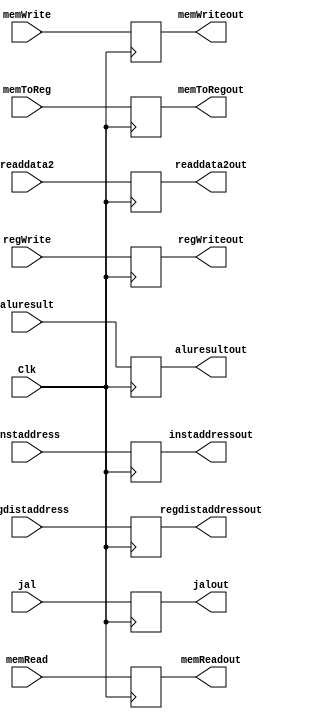
`timescale 1ns / 1ps
//////////////////////////////////////////////////////////////////////////////////
// Company: 
// Engineer: 
// 
// Design Name: 
// Module Name: EXMEM
// Project Name: 
// Target Devices: 
// Tool Versions: 
// Description: 
// 
// Dependencies: 
// 
// Revision:
// Revision 0.01 - File Created
// Additional Comments:
// 
//////////////////////////////////////////////////////////////////////////////////


module EXMEM(
    input Clk,
    input  regWrite,memToReg,memRead,memWrite,
                jal,
    input [31:0] instaddress,aluresult,readdata2,
    input [4:0] regdistaddress,
    output reg regWriteout,memToRegout,jalout,memWriteout,memReadout,
    output reg [31:0] aluresultout,readdata2out,instaddressout,
    output reg [4:0]regdistaddressout
    );
    initial begin
        regWriteout=0;
        memToRegout=0;
        jalout=0;
        aluresultout=0;
        readdata2out=0;
        instaddressout=0;
        regdistaddressout=0;
        memWriteout=0;
        memReadout=0;
   end
   always @ (posedge Clk)
   begin
            regWriteout<=regWrite;
            memToRegout<=memToReg;
            jalout<=jal;
            aluresultout<=aluresult;
            readdata2out<=readdata2;
            instaddressout<=instaddress;
            regdistaddressout<=regdistaddress;
            memWriteout<=memWrite;
            memReadout<=memRead;
   end
endmodule